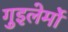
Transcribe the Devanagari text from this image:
गुइलेर्मो